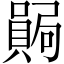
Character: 𫬊